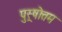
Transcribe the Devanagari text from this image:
पुस्र्षोत्तम